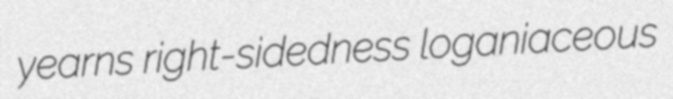
yearns right-sidedness loganiaceous